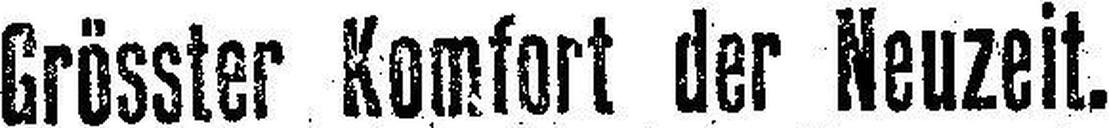
Grösster Komfort der Neuzeit.